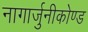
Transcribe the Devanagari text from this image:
नागार्जुनीकोण्ड